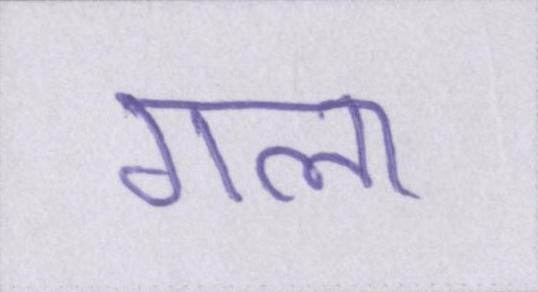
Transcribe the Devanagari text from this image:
गला